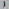
Text: 1